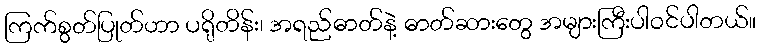
ကြက်စွတ်ပြုတ်ဟာ ပရိုတိန်း၊ အရည်ဓာတ်နဲ့ ဓာတ်ဆားတွေ အများကြီးပါဝင်ပါတယ်။